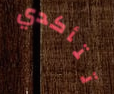
تتأكدي